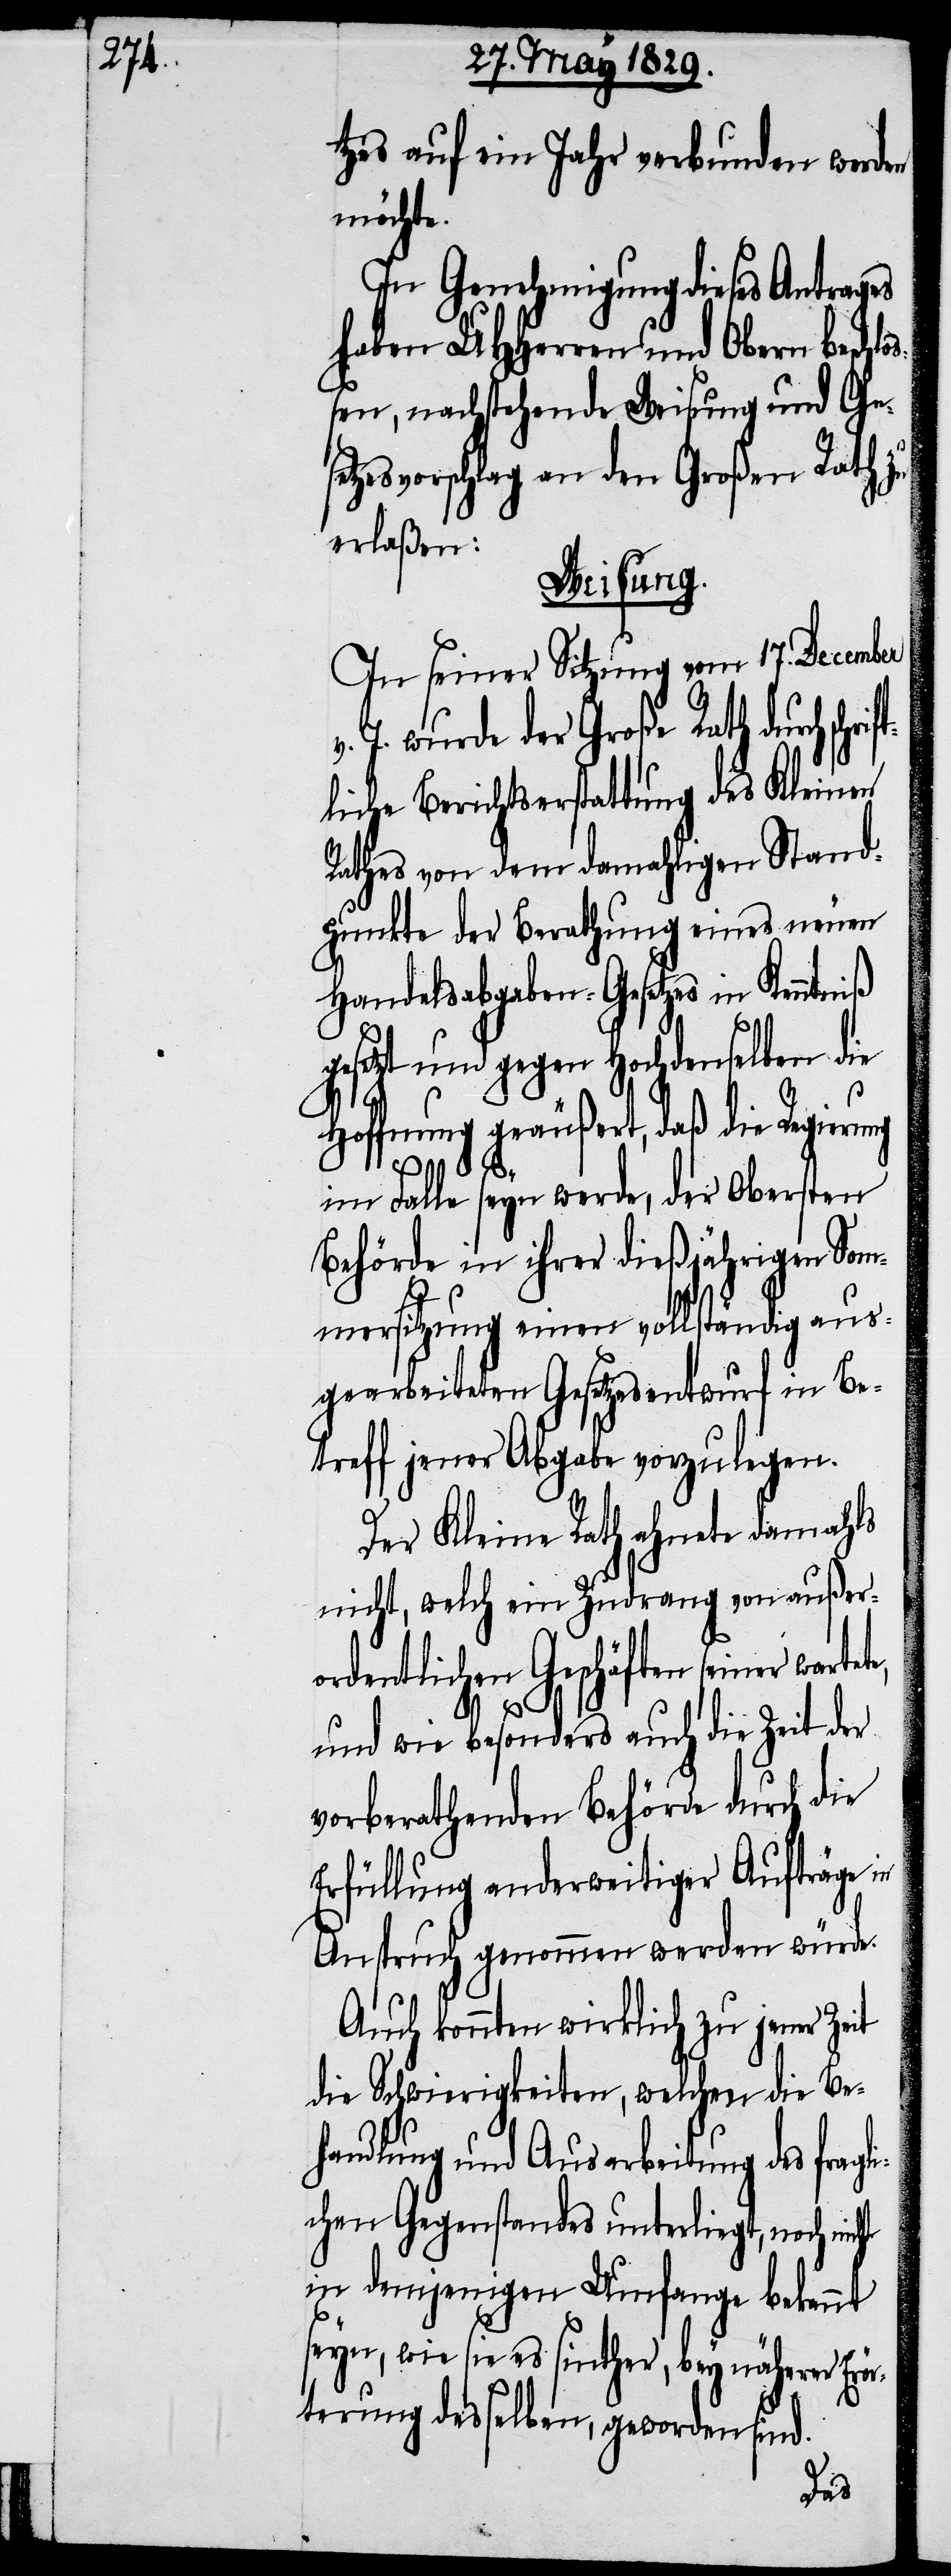
tzes auf ein Jahr verbunden werden
möchte.
In Genehmigung dieses Antrages
haben UHHerren und Obern besch¬
loßen, nachstehende Weisung und Ges¬
etzesvorschlag an den Großen Rath zu
erlaßen:
Weisung.
In seiner Sitzung vom 17. December
J. wurde der Große Rath durch sch¬
liche Berichtserstattung des Kleinen
Rathes von dem damahligen Stand¬
punkte der Berathung eines neuen
Handelsabgaben-Gesetzes in Kenntniß
gesetzt und gegen Hochdenselben die
Hoffnung geäußert, daß die Regierung
im Falle seyn werde, der Obersten
Behörde in ihrer dießjährigen Som¬
mersitzung einen vollständig aus¬
gearbeiteten Gesetzesentwurf in Be¬
treff jener Abgabe vorzulegen.
Der Kleine Rath ahnete damahls
nicht, welch ein Zudrang von außer¬
ordentlichen Geschäften seiner warte¬
und wie besonders auch die Zeit der
vorberathenden Behörde durch die
Erfüllung anderweitiger Aufträge in
Anspruch genommen werden würde.
Auch konnten wirklich zu jener Zeit
die Schwierigkeiten, welchen die Be¬
handlung und Ausarbeitung des fragl¬
ichen Gegenstandes unterliegt, noch nicht
in demjenigen Umfange bekannt
seyn, wie sie es sinther, bey näherer Erör¬
terung desselben, geworden sind.
te,